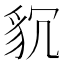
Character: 𮙧